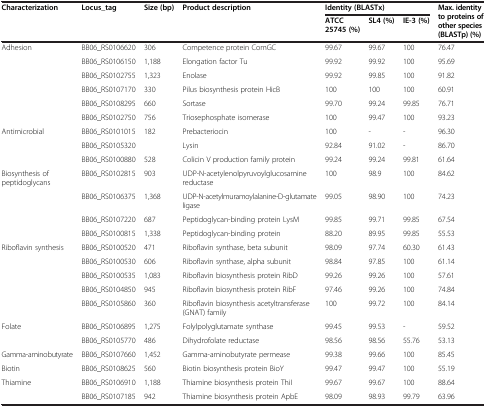
<table><thead><tr><td rowspan="2"><b>Characterization</b></td><td rowspan="2"><b>Locus_tag</b></td><td rowspan="2"><b>Size (bp)</b></td><td rowspan="2"><b>Product description</b></td><td colspan="3"><b>Identity (BLASTx)</b></td><td rowspan="2"><b>Max. identity to proteins of other species (BLASTp) (%)</b></td></tr><tr><td><b>ATCC 25745 (%)</b></td><td><b>SL4 (%)</b></td><td><b>IE-3 (%)</b></td></tr></thead><tbody><tr><td rowspan="6">Adhesion</td><td>BB06_RS0106620</td><td>306</td><td>Competence protein ComGC</td><td>99.67</td><td>99.67</td><td>100</td><td>76.47</td></tr><tr><td>BB06_RS0106150</td><td>1,188</td><td>Elongation factor Tu</td><td>99.92</td><td>99.92</td><td>100</td><td>95.69</td></tr><tr><td>BB06_RS0102755</td><td>1,323</td><td>Enolase</td><td>99.92</td><td>99.85</td><td>100</td><td>91.82</td></tr><tr><td>BB06_RS0107170</td><td>330</td><td>Pilus biosynthesis protein HicB</td><td>100</td><td>100</td><td>100</td><td>60.91</td></tr><tr><td>BB06_RS0108295</td><td>660</td><td>Sortase</td><td>99.70</td><td>99.24</td><td>99.85</td><td>76.71</td></tr><tr><td>BB06_RS0102750</td><td>756</td><td>Triosephosphate isomerase</td><td>100</td><td>99.47</td><td>100</td><td>93.23</td></tr><tr><td rowspan="3">Antimicrobial</td><td>BB06_RS0101015</td><td>182</td><td>Prebacteriocin</td><td>100</td><td>-</td><td>-</td><td>96.30</td></tr><tr><td>BB06_RS0105320</td><td> </td><td>Lysin</td><td>92.84</td><td>91.02</td><td>-</td><td>86.70</td></tr><tr><td>BB06_RS0100880</td><td>528</td><td>Colicin V production family protein</td><td>99.24</td><td>99.24</td><td>99.81</td><td>61.64</td></tr><tr><td rowspan="4">Biosynthesis of peptidoglycans</td><td>BB06_RS0102815</td><td>903</td><td>UDP-N-acetylenolpyruvoylglucosamine reductase</td><td>100</td><td>98.9</td><td>100</td><td>84.62</td></tr><tr><td>BB06_RS0106375</td><td>1,368</td><td>UDP-N-acetylmuramoylalanine-D-glutamate ligase</td><td>99.05</td><td>98.90</td><td>100</td><td>74.23</td></tr><tr><td>BB06_RS0107220</td><td>687</td><td>Peptidoglycan-binding protein LysM</td><td>99.85</td><td>99.71</td><td>99.85</td><td>67.54</td></tr><tr><td>BB06_RS0100815</td><td>1,338</td><td>Peptidoglycan-binding protein</td><td>88.20</td><td>89.95</td><td>99.85</td><td>55.53</td></tr><tr><td rowspan="5">Riboflavin synthesis</td><td>BB06_RS0100520</td><td>471</td><td>Riboflavin synthase, beta subunit</td><td>98.09</td><td>97.74</td><td>60.30</td><td>61.43</td></tr><tr><td>BB06_RS0100530</td><td>606</td><td>Riboflavin synthase, alpha subunit</td><td>98.84</td><td>97.85</td><td>100</td><td>61.14</td></tr><tr><td>BB06_RS0100535</td><td>1,083</td><td>Riboflavin biosynthesis protein RibD</td><td>99.26</td><td>99.26</td><td>100</td><td>57.61</td></tr><tr><td>BB06_RS0104850</td><td>945</td><td>Riboflavin biosynthesis protein RibF</td><td>97.46</td><td>99.26</td><td>100</td><td>74.84</td></tr><tr><td>BB06_RS0105860</td><td>360</td><td>Riboflavin biosynthesis acetyltransferase (GNAT) family</td><td>100</td><td>99.72</td><td>100</td><td>84.14</td></tr><tr><td rowspan="2">Folate</td><td>BB06_RS0106895</td><td>1,275</td><td>Folylpolyglutamate synthase</td><td>99.45</td><td>99.53</td><td>-</td><td>59.52</td></tr><tr><td>BB06_RS0105770</td><td>486</td><td>Dihydrofolate reductase</td><td>98.56</td><td>98.56</td><td>55.76</td><td>53.13</td></tr><tr><td>Gamma-aminobutyrate</td><td>BB06_RS0107660</td><td>1,452</td><td>Gamma-aminobutyrate permease</td><td>99.38</td><td>99.66</td><td>100</td><td>85.45</td></tr><tr><td>Biotin</td><td>BB06_RS0108625</td><td>560</td><td>Biotin biosynthesis protein BioY</td><td>99.47</td><td>99.47</td><td>100</td><td>55.19</td></tr><tr><td rowspan="2">Thiamine</td><td>BB06_RS0106910</td><td>1,188</td><td>Thiamine biosynthesis protein ThiI</td><td>99.67</td><td>99.67</td><td>100</td><td>88.64</td></tr><tr><td>BB06_RS0107185</td><td>942</td><td>Thiamine biosynthesis protein ApbE</td><td>98.09</td><td>98.93</td><td>99.79</td><td>63.96</td></tr></tbody></table>